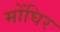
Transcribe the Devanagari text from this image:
मोंघिर